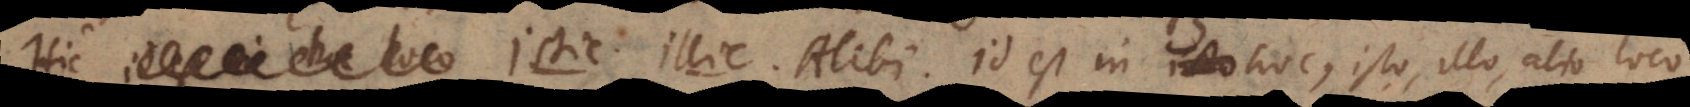
hoc loco Istic. Illic. Alibi. Id est in hoc, isto, illo, alio loc